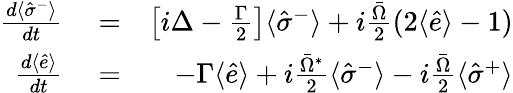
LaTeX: \begin{array}{rlr}{\frac{d\langle\hat{\sigma}^{-}\rangle}{dt}}&{{}=}&{\left[i\Delta-\frac{\Gamma}{2}\right]\langle\hat{\sigma}^{-}\rangle+i\frac{\bar{\Omega}}{2}(2\langle\hat{e}\rangle-1)}\\ {\frac{d\langle\hat{e}\rangle}{dt}}&{{}=}&{-\Gamma\langle\hat{e}\rangle+i\frac{\bar{\Omega}^{*}}{2}\langle\hat{\sigma}^{-}\rangle-i\frac{\bar{\Omega}}{2}\langle\hat{\sigma}^{+}\rangle}\end{array}